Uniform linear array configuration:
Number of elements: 48
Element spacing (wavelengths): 0.5
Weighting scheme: kaiser
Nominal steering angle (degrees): -45
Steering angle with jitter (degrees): -46.212
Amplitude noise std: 0.05
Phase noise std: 0.05

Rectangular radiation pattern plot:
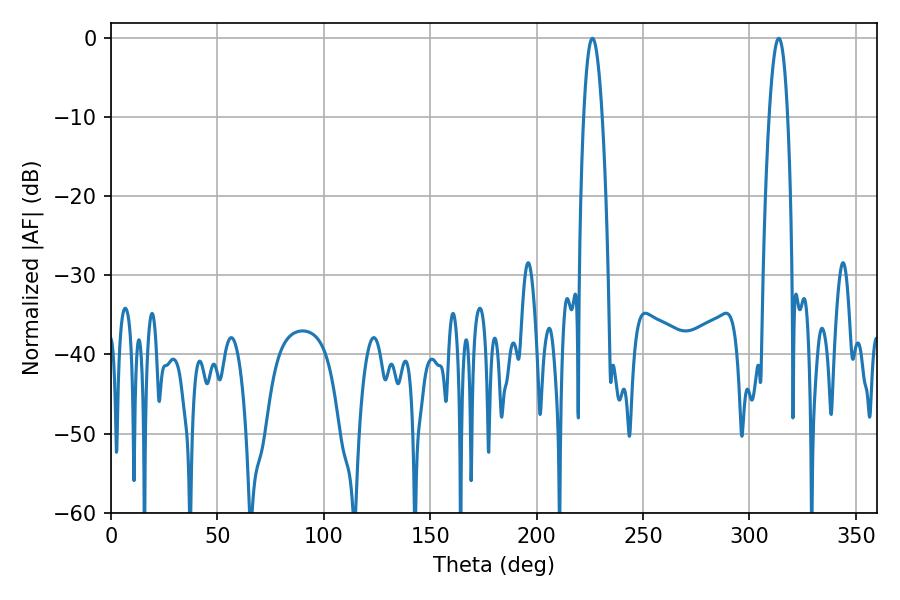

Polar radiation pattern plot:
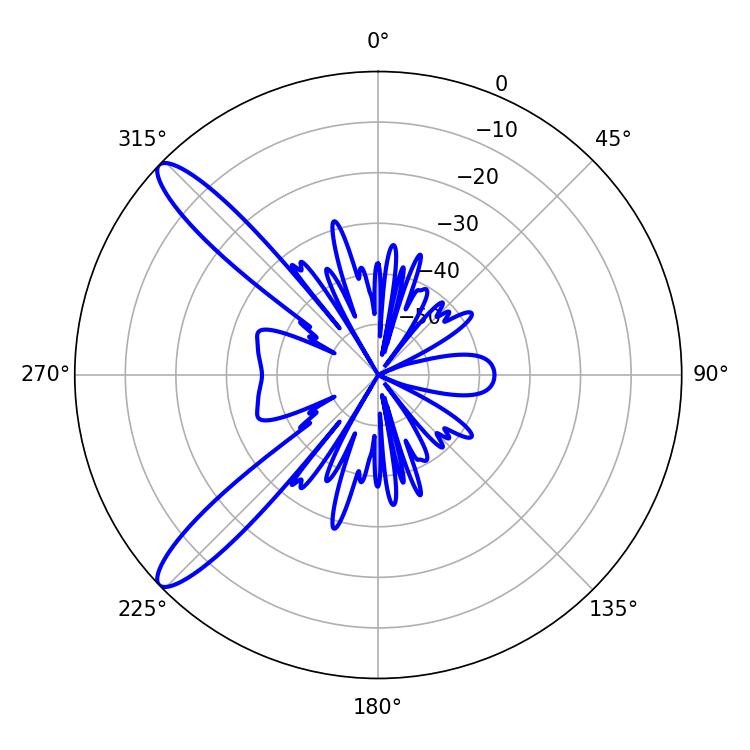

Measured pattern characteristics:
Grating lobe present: FALSE
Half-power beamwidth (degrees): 4.68
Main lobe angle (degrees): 226.26